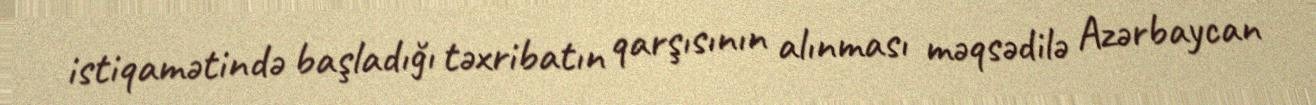
istiqamətində başladığı təxribatın qarşısının alınması məqsədilə Azərbaycan